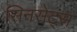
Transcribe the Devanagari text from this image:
सिनसेट्स